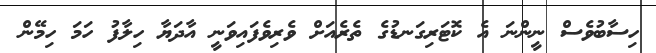
ހިސާބުވެސް ނީންނަ އެ ކޮޓަރިގަނޑުގެ ތެރެއަށް ވެރިވެފައިވަނީ އާދަޔާ ހިލާފު ހަމަ ހިމޭން